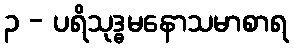
၃ - ပရိသုဒ္ဓမနောသမာစာရ